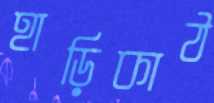
হাড়িকাঠ